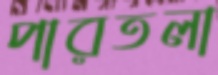
পারতলা